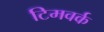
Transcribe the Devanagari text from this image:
टिमवर्क